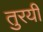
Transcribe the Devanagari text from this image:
तुरयी